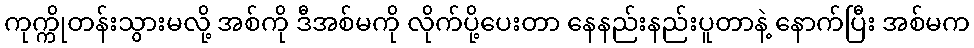
ကုက္ကိုတန်းသွားမလို့ အစ်ကို ဒီအစ်မကို လိုက်ပို့ပေးတာ နေနည်းနည်းပူတာနဲ့ နောက်ပြီး အစ်မက